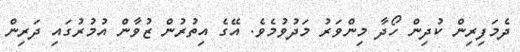
ދެމަފިރިން ކުދިން ހޯދާ މިންވަރު މަދުވުމެވެ. އޭގެ އިތުރުން ޒުވާން އުމުރުގައި ދަރިން